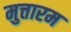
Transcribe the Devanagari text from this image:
मुत्तारम